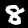
Label: 8